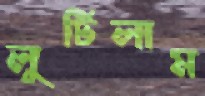
লুটিলাম